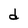
Character: d